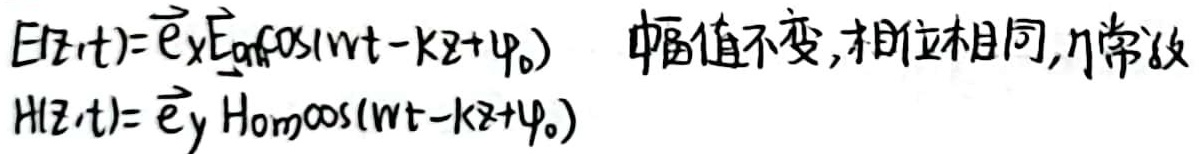
幅值不变,相位相同, 常数
\[
\begin{cases}
E(z,t)=\vec{e}_x E_{0x}\cos(\omega t - kz+\varphi_{0})\\
H(z,t)=\vec{e}_y H_{0y}\cos(\omega t - kz+\varphi_{0})
\end{cases}
\]